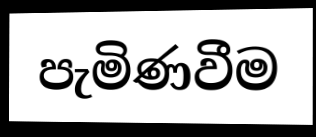
පැමිණවීම